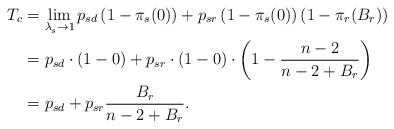
LaTeX: \begin{align*}T_c & =\lim\limits_{\lambda_s^{} \to 1} p_{sd}\left(1-\pi_s(0) \right)+p_{sr} \left(1-\pi_s(0) \right) (1-\pi_r(B_r)) \\ & =p_{sd} \cdot \left(1-0 \right)+p_{sr} \cdot \left(1-0 \right) \cdot \left(1-\frac{n-2}{n-2+B_r}\right)\\& =p_{sd}+p_{sr}\frac{B_r}{n-2+B_r}.\end{align*}